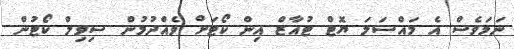
ނަމަވެސް އެ މައްސަލަ ޔޮޓް ޓުއާޒް އިން ކޯޓަށް ވެއްދުމުން ސިވިލް ކޯޓުން